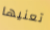
تعنيها